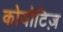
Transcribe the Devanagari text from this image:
कोयोटिज़